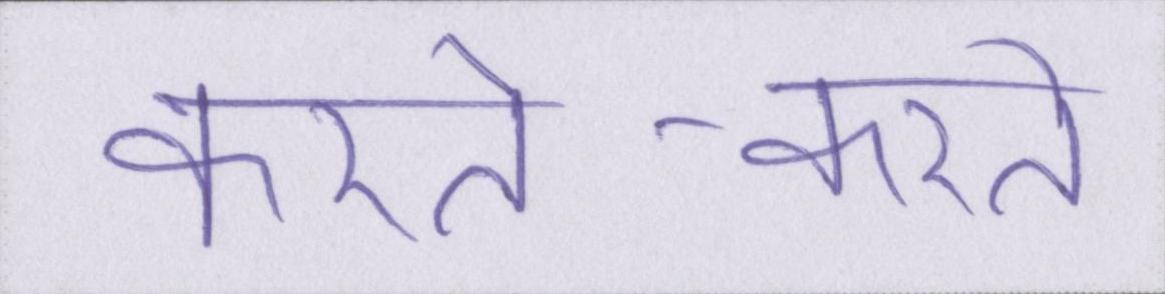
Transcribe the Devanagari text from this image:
करते-करते